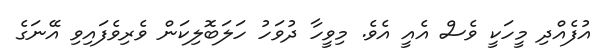
އުފެއްދި މީހަކީ ވެސް އެއީ އެވެ. މިވީހާ ދުވަހު ހަލަބޮލިކަން ވެރިވެފައިވި އޭނަގެ